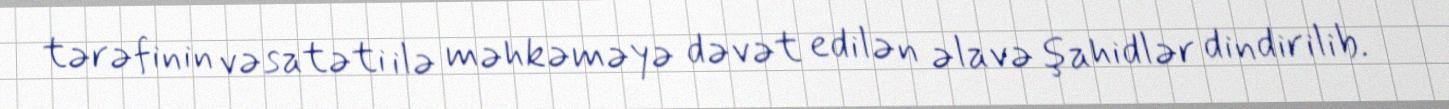
tərəfinin vəsatəti ilə məhkəməyə dəvət edilən əlavə şahidlər dindirilib.